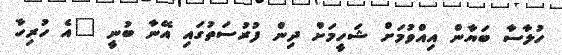
ހުލާސާ ބަޔާން އިއްވުމަށް ޝަހީމަށް ދިން ފުރުސަތުގައި އޭނާ ބުނީ "އެ ހުރިހާ